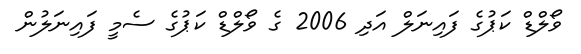
ވޯލްޑް ކަޕުގެ ފައިނަލް އަދި 2006 ގެ ވޯލްޑް ކަޕުގެ ސެމީ ފައިނަލުން